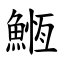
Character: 䱭